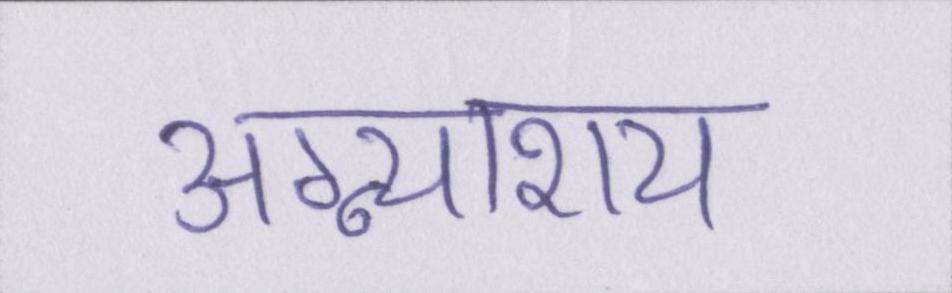
अग्न्याशय